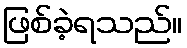
ဖြစ်ခဲ့ရသည်။